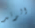
الوتد